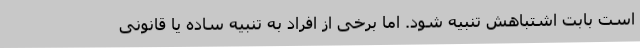
است بابت اشتباهش تنبیه شود. اما برخی از افراد به تنبیه ساده یا قانونی